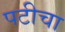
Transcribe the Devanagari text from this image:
पटीचा